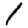
Digit: 1